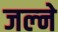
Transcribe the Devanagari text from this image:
जल्ने